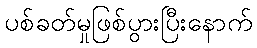
ပစ်ခတ်မှုဖြစ်ပွားပြီးနောက်